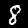
Label: 8